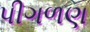
પીગળણ